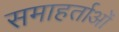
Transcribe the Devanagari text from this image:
समाहर्ताओं